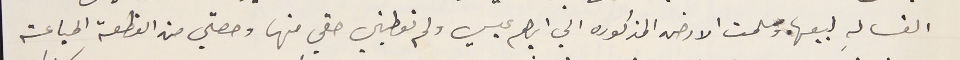
الغساله لبيعها. وسلمت الارض المذكوره الي ابراهيم عيسي ولم تعطيني حقي منها وحصتي من القطعة المباعة